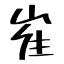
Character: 崔